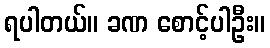
ရပါတယ်။ ခဏ စောင့်ပါဦး။